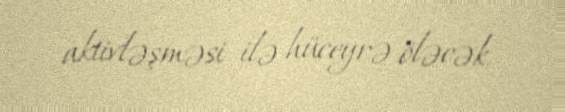
aktivləşməsi ilə hüceyrə öləcək.